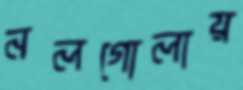
নলগোলায়